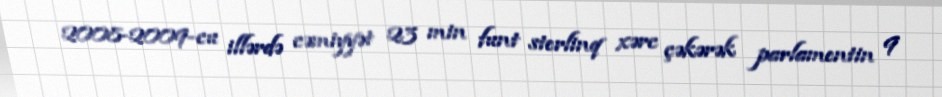
2008-2009-cu illərdə cəmiyyət 23 min funt sterlinq xərc çəkərək parlamentin 9